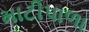
માટીપાળા